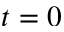
t = 0